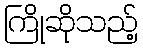
ကြိုဆိုသည့်